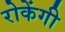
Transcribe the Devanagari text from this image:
रोकेंगी